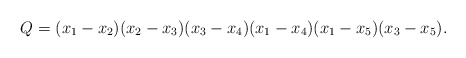
\begin{align*}Q=(x_1-x_2)(x_2-x_3)(x_3-x_4)(x_1-x_4)(x_1-x_5)(x_3-x_5).\end{align*}